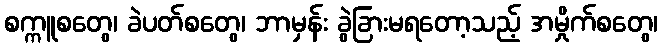
စက္ကူစတွေ၊ ခဲပတ်စတွေ၊ ဘာမှန်း ခွဲခြားမရတော့သည့် အမှိုက်စတွေ၊